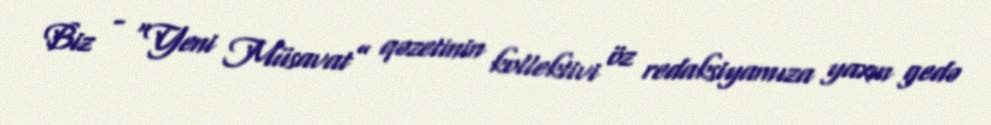
Biz - “Yeni Müsavat” qəzetinin kollektivi öz redaksiyamıza yaxın gedə